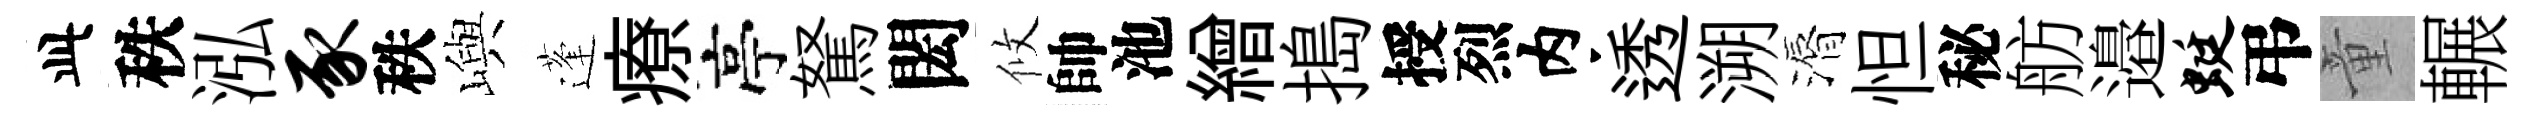
此秩泓豕秩嶼蓬療亭駑閎攸帥池繒搗授烈内透溯漘怛秘舫邉蜓弔童輾